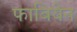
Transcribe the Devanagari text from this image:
फाबियेन